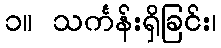
၁။ သင်္ကန်းရှိခြင်း၊